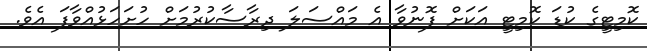
ކޮމިޓީގެ ކުޑަ ކޮމިޓީ އަކަށް ފޮނުވާ އެ މައްސަލަ ދިރާސާކުރުމަށް ހުށަހަޅުއްވާފަ އެވެ.